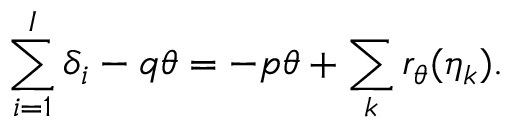
\sum _ { i = 1 } ^ { I } \delta _ { i } - q \theta = - p \theta + \sum _ { k } r _ { \theta } ( \eta _ { k } ) .